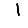
Digit: 1